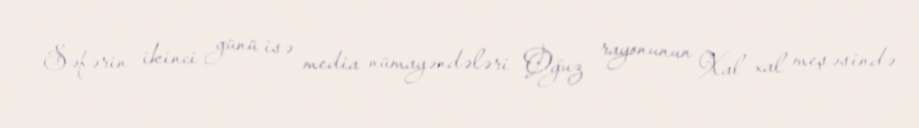
Səfərin ikinci günü isə media nümayəndələri Oğuz rayonunun Xal-xal meşəsində